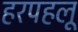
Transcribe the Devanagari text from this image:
हरपहलू